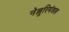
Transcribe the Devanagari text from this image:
नेल्लूरिमंडल